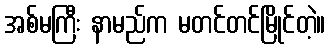
အစ်မကြီး နာမည်က မတင်တင်မြိုင်တဲ့။